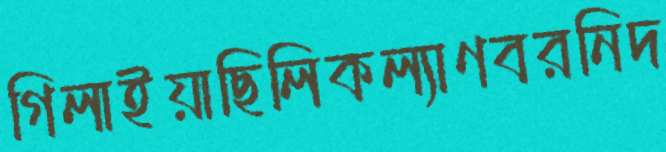
গিলাইয়াছিলিকল্যাণবরনিদ